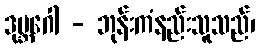
ဒုဗ္ဘဂေါ - ဘုန်းကံနည်းသူသည်၊